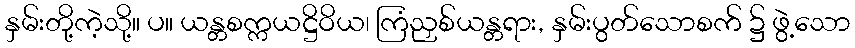
နှမ်းတို့ကဲ့သို့။ ပ။ ယန္တစက္ကယဋ္ဌိဝိယ၊ ကြံညှစ်ယန္တရား, နှမ်းပွတ်သောစက် ၌ ဖွဲ့သော